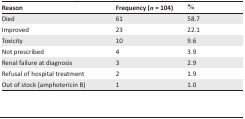
| Reason | Frequency (n = 104) | % |
 | --- | --- | --- |
 | Died | 61 | 58.7 |
 | Improved | 23 | 22.1 |
 | Toxicity | 10 | 9.6 |
 | Not prescribed | 4 | 3.9 |
 | Renal failure at diagnosis | 3 | 2.9 |
 | Refusal of hospital treatment | 2 | 1.9 |
 | Out of stock (amphotericin B) | 1 | 1.0 |